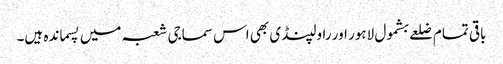
باقی تمام ضلعے بشمول لاہور اور راولپنڈی بھی اس سماجی شعبہ میں پسماندہ ہیں۔